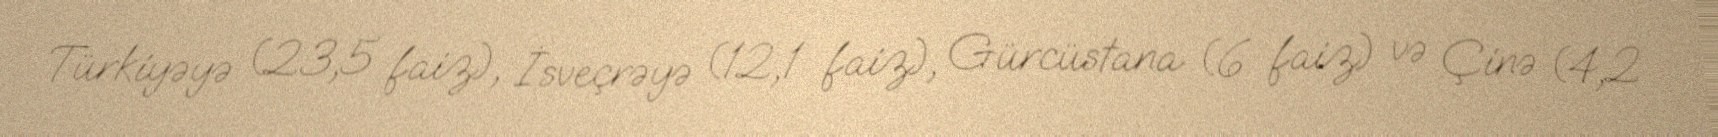
Türkiyəyə (23,5 faiz), İsveçrəyə (12,1 faiz), Gürcüstana (6 faiz) və Çinə (4,2